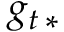
g _ { t \, * }